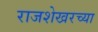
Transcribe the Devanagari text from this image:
राजशेखरच्या